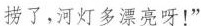
捞了，河灯多漂亮呀!”